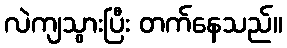
လဲကျသွားပြီး တက်နေသည်။